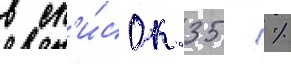
в сп'и́сок 35 %